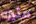
مثيره